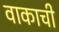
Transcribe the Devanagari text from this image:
वाकाची